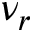
\nu _ { r }